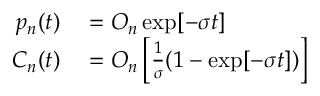
\begin{array} { r l } { p _ { n } ( t ) } & { { } = O _ { n } \exp [ - \sigma t ] } \\ { C _ { n } ( t ) } & { { } = O _ { n } \left[ \frac { 1 } { \sigma } ( 1 - \exp [ - \sigma t ] ) \right] } \end{array}